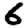
Digit: 6